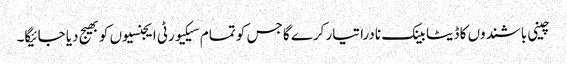
چینی باشندوں کا ڈیٹا بینک نادرا تیار کرے گا جس کو تمام سیکیورٹی ایجنسیوں کو بھیج دیا جائیگا۔